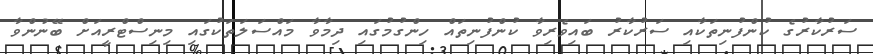
ސަރުކާރުގެ ކުންފުނިތަކާއި ސަރުކާރު ބައިވެރިވާ ކުންފުނިތައް ހިންގުމުގައި ދިމާވާ މައްސަލަތަކުގައި މިނިސްޓްރީއަށް ބޭނުންވާ